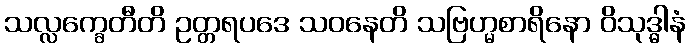
သလ္လက္ခေတီတိ ဥတ္တရပဒေ သဝနေတိ သဗြဟ္မစာရိနော ဝိသုဒ္ဓါနံ